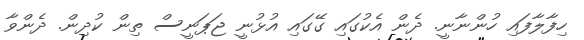
ހިފާލާފައި ހުންނާނީ. ދެން އެކުގައި ގޭގައި އުޅުނީ ޖަޕަނީސް ތިން ކުދިން. ދެންވާ